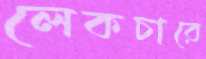
লেকচারে